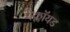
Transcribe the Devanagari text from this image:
मैक्लॉयड